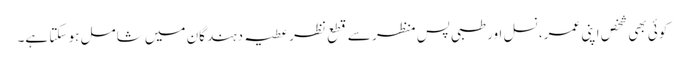
کوئی بھی شخص اپنی عمر، نسل اور طبی پسِ منظر سے قطعِ نظر عطیہ دہندگان میں شامل ہو سکتا ہے۔